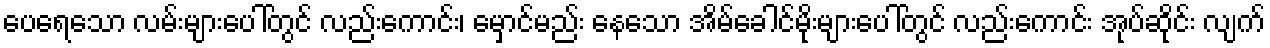
ပေရေသော လမ်းများပေါ်တွင် လည်းကောင်း၊ မှောင်မည်း နေသော အိမ်ခေါင်မိုးများပေါ်တွင် လည်းကောင်း အုပ်ဆိုင်း လျက်